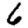
Digit: 6